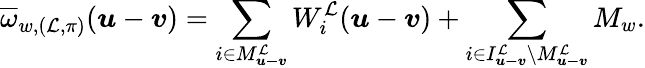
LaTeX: \overline{{\omega}}_{w,(\mathcal{L},\pi)}(\boldsymbol{u}-\boldsymbol{v})=\sum_{i\in M_{\boldsymbol{u-v}}^{\mathcal{L}}}W_{i}^{\mathcal{L}}(\boldsymbol{u}-\boldsymbol{v})+\sum_{i\in I_{\boldsymbol{u-v}}^{\mathcal{L}}\setminus M_{\boldsymbol{u-v}}^{\mathcal{L}}}M_{w}.